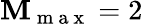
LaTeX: \mathbf{M}_{\mathrm{{~m~a~x~}}}=2